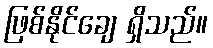
ဖြစ်နိုင်ချေ ရှိသည်။